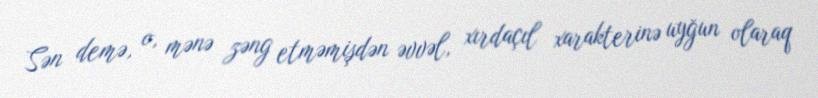
Sən demə, o, mənə zəng etməmişdən əvvəl, xırdaçıl xarakterinə uyğun olaraq